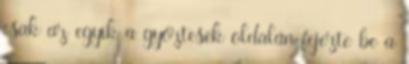
csak az egyik a győztesek oldalán fejezte be a